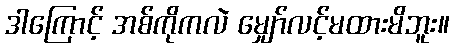
ဒါကြောင့် အစ်ကိုကလဲ မျှော်လင့်မထားမိဘူး။